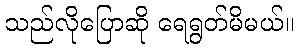
သည်လိုပြောဆို ရေရွတ်မိမယ်။